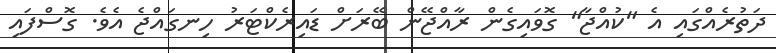
ދަތުރެއްގައި އެ "ކުއްޖާ" ގޮވައިގެން ރާއްޖޭން ބޭރަށް ޑައިރެކްޓަރު ހިނގައްޖެ އެވެ. ގޮސްފައި